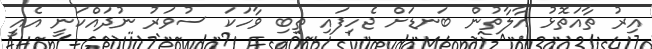
އިރު ތާއަތޮޅު އާލާތުން ބަނޑަށް ޖެހިފައި ތިބި ވާހަކަ ސުވަރު ނުދައްކަނީ އެއީ